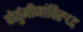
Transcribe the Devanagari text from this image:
पोर्तुगीजांविरुध्द